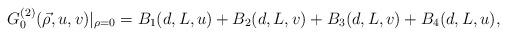
LaTeX: \begin{align*}G_{0}^{(2)}(\vec{\rho},u,v)|_{\rho=0}=B_{1}(d,L,u)+B_{2}(d,L,v)+B_{3}(d,L,v)+B_{4}(d,L,u),\end{align*}